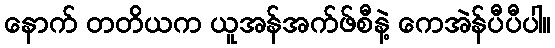
နောက် တတိယက ယူအန်အက်ဖ်စီနဲ့ ကေအဲန်ပီပီပါ။